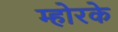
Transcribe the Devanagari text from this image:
म्होरके